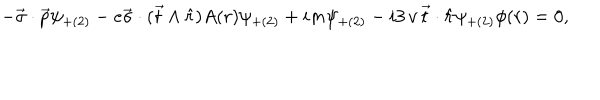
- \vec { \sigma } \cdot \vec { p } \psi _ { + ( 2 ) } - e \vec { \sigma } \cdot ( \vec { t } \wedge \hat { r } ) A ( r ) \psi _ { + ( 2 ) } + i m \psi _ { + ( 2 ) } - i 3 \, v \, \vec { t } \cdot \hat { r } \psi _ { + ( 2 ) } \phi ( r ) = 0 ,